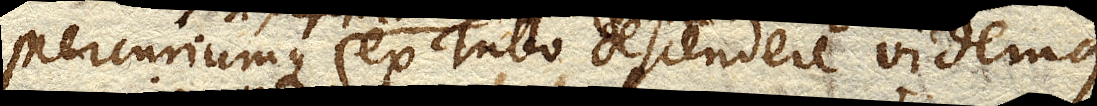
Mercuriumque ex Tubo descendere videmus,